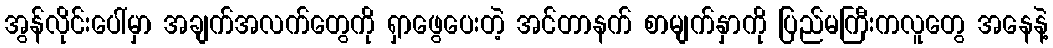
အွန်လိုင်းပေါ်မှာ အချက်အလက်တွေကို ရှာဖွေပေးတဲ့ အင်တာနက် စာမျက်နှာကို ပြည်မကြီးကလူတွေ အနေနဲ့